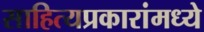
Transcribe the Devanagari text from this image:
साहित्यप्रकारांमध्ये